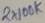
Text: 2X100K